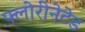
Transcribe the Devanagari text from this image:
फ्लोरीनेटेड